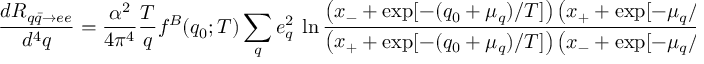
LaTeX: \frac { d R _ { q \bar { q } \to e e } } { d ^ { 4 } q } = \frac { \alpha ^ { 2 } } { 4 \pi ^ { 4 } } \frac { T } { q } f ^ { B } ( q _ { 0 } ; T ) \sum _ { q } e _ { q } ^ { 2 } \ \ln \frac { \left( x _ { - } + \exp [ - ( q _ { 0 } + \mu _ { q } ) / T ] \right) \left( x _ { + } + \exp [ - \mu _ { q } / T ] \right) } { \left( x _ { + } + \exp [ - ( q _ { 0 } + \mu _ { q } ) / T ] \right) \left( x _ { - } + \exp [ - \mu _ { q } / T ] \right) }